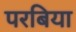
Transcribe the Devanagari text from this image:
परबिया